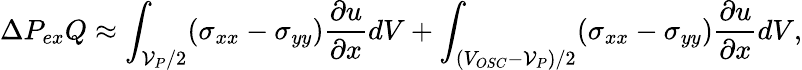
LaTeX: \Delta P_{ex}Q\approx\int_{\mathcal{V}_{P}/2}(\sigma_{xx}-\sigma_{yy})\frac{\partial u}{\partial x}dV+\int_{(V_{OSC}-\mathcal{V}_{P})/2}(\sigma_{xx}-\sigma_{yy})\frac{\partial u}{\partial x}dV,